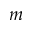
m